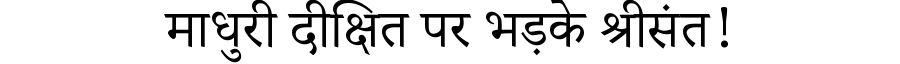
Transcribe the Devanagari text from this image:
माधुरी दीक्षित पर भड़के श्रीसंत!